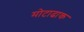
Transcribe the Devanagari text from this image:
मोटाढाक